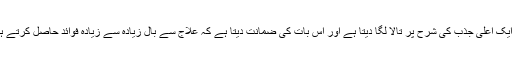
یہ ایک اعلی جذب کی شرح پر تالا لگا دیتا ہے اور اس بات کی ضمانت دیتا ہے کہ علاج سے بال زیادہ سے زیادہ فوائد حاصل کرتے ہیں۔